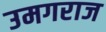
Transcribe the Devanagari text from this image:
उमगराज